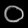
Digit: ၀